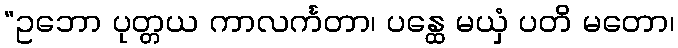
“ဥဘော ပုတ္တယ ကာလင်္ကတာ၊ ပန္ထေ မယှံ ပတိ မတော၊